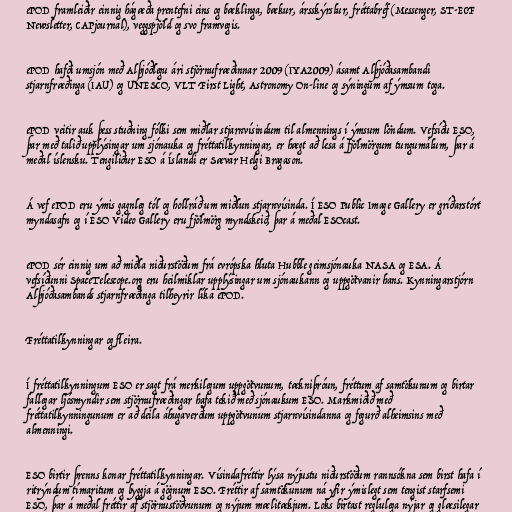
ePOD framleiðir einnig hágæða prentefni eins og bæklinga, bækur, ársskýrslur, fréttabréf (Messenger, ST-ECF
Newsletter, CAPjournal), veggspjöld og svo framvegis.

ePOD hafði umsjón með Alþjóðlegu ári stjörnufræðinnar 2009 (IYA2009) ásamt Alþjóðasambandi
stjarnfræðinga (IAU) og UNESCO, VLT First Light, Astronomy On-line og sýningum af ýmsum toga.

ePOD veitir auk þess stuðning fólki sem miðlar stjarnvísindum til almennings í ýmsum löndum. Vefsíðu ESO,
þar með talið upplýsingar um sjónauka og fréttatilkynningar, er hægt að lesa á fjölmörgum tungumálum, þar á
meðal íslensku. Tengiliður ESO á Íslandi er Sævar Helgi Bragason.

Á vef ePOD eru ýmis gagnleg tól og hollráð um miðlun stjarnvísinda. Í ESO Public Image Gallery er gríðarstórt
myndasafn og í ESO Video Gallery eru fjölmörg myndskeið, þar á meðal ESOcast.

ePOD sér einnig um að miðla niðurstöðum frá evrópska hluta Hubble geimsjónauka NASA og ESA. Á
vefsíðunni SpaceTelescope.org eru heilmiklar upplýsingar um sjónaukann og uppgötvanir hans. Kynningarstjórn
Alþjóðasambands stjarnfræðinga tilheyrir líka ePOD.

Fréttatilkynningar og fleira.

Í fréttatilkynningum ESO er sagt frá merkilegum uppgötvunum, tækniþróun, fréttum af samtökunum og birtar
fallegar ljósmyndir sem stjörnufræðingar hafa tekið með sjónaukum ESO. Markmiðið með
fréttatilkynningunum er að deila áhugaverðum uppgötvunum stjarnvísindanna og fegurð alheimsins með
almenningi.

ESO birtir þrenns konar fréttatilkynningar. Vísindafréttir lýsa nýjustu niðurstöðum rannsókna sem birst hafa í
ritrýndum tímaritum og byggja á gögnum ESO. Fréttir af samtökunum ná yfir ýmislegt sem tengist starfsemi
ESO, þar á meðal fréttir af stjörnustöðvunum og nýjum mælitækjum. Loks birtast reglulega nýjar og glæsilegar